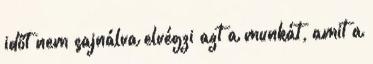
időt nem sajnálva elvégzi azt a munkát, amit a